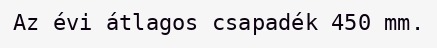
Az évi átlagos csapadék 450 mm.